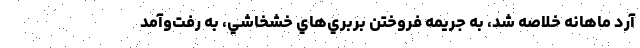
آرد ماهانه خلاصه شد، به جريمه فروختن بربري‌هاي خشخاشي، به رفت‌و‌آمد